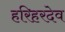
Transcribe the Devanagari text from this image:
हरिहरदेव